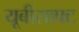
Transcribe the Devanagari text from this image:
यूबीसाफ्ट